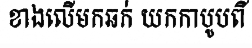
ខាងលើមកឆក់ យកកាបូបពី